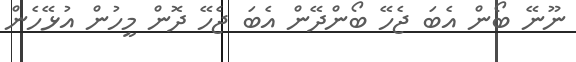
ނޫނޭ ބޯން އެބަ ޖެހޭ ބޯންދޭން އެބަ ޖެހޭ ދޮން މީހުން އުޅޭހެން